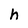
Character: h